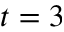
t = 3